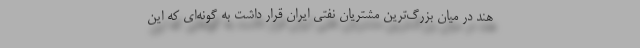
هند در میان بزرگ‌ترین مشتریان نفتی ایران قرار داشت به گونه‌ای که این